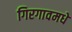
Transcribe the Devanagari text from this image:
गिरगावमधे